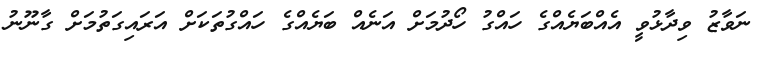
ނަވާޒު ވިދާޅުވީ އެއްބަޔެއްގެ ހައްގު ހޯދުމަށް އަނެއް ބަޔެއްގެ ހައްގުތަކަށް އަރައިގަތުމަށް ގާނޫނު